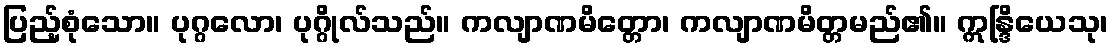
ပြည့်စုံသော။ ပုဂ္ဂလော၊ ပုဂ္ဂိုလ်သည်။ ကလျာဏမိတ္တော၊ ကလျာဏမိတ္တမည်၏။ ဣန္ဒြိယေသု၊